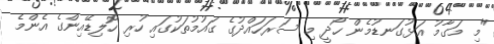
"މި މަގާމު އަޅުގަނޑުމެން ހޯދީ މި ސަރަހައްދުގެ ގައުމުތަކުގައި ހުރި ހޮލިޑޭއިންގެ އެންމެ